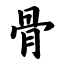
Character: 骨